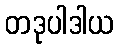
တဒုပါဒါယ